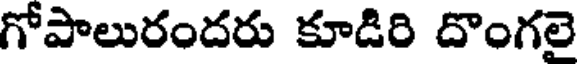
గోపాలురందరు కూడిరి దొంగలై